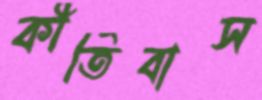
কীর্তিবাস